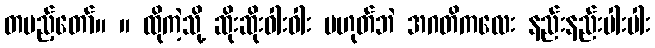
တပည့်တော်။ ။ ထိုကဲ့သို့ ဆိုးဆိုးဝါးဝါး မဟုတ်ဘဲ အဂတိကလေး နည်းနည်းပါးပါး